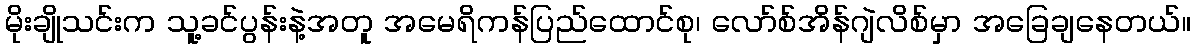
မိုးချိုသင်းက သူ့ခင်ပွန်းနဲ့အတူ အမေရိကန်ပြည်ထောင်စု၊ လော်စ်အိန်ဂျဲလိစ်မှာ အခြေချနေတယ်။